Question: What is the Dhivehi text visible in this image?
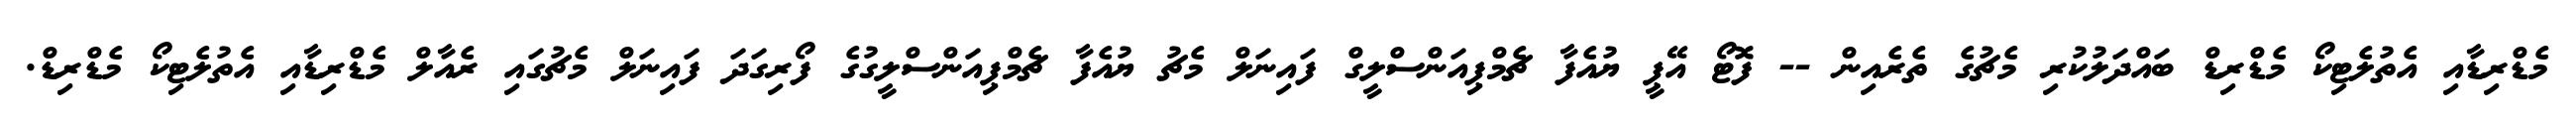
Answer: މެޑްރިޑާއި އެތުލެޓިކޯ މެޑްރިޑް ބައްދަލުކުރި މެޗުގެ ތެރެއިން -- ފޮޓޯ އޭޕީ ޔުއެފާ ޗެމްޕިއަންސްލީގް ފައިނަލް މެޗު ޔުއެފާ ޗެމްޕިއަންސްލީގުގެ ފޯރިގަދަ ފައިނަލް މެޗުގައި ރެއާލް މެޑްރިޑާއި އެތުލެޓިކޯ މެޑްރިޑް.